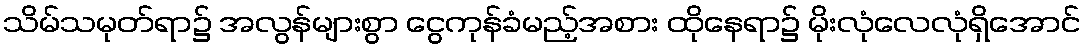
သိမ်သမုတ်ရာ၌ အလွန်များစွာ ငွေကုန်ခံမည့်အစား ထိုနေရာ၌ မိုးလုံလေလုံရှိအောင်